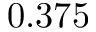
0 . 3 7 5